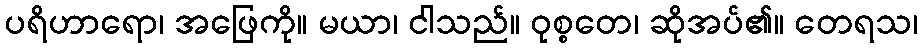
ပရိဟာရော၊ အဖြေကို။ မယာ၊ ငါသည်။ ဝုစ္စတေ၊ ဆိုအပ်၏။ တေရသ၊